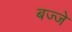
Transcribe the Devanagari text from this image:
बज्जे